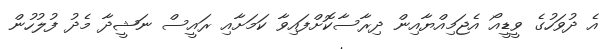
އެ ދުވަހުގެ ވީޑީއޯ އެޖަމިއްޔާއިން ދިރާސާކޮށްފައިވާ ކަމަށާއި ރައީސް ނަޝީދާ މެދު ފުލުހުން